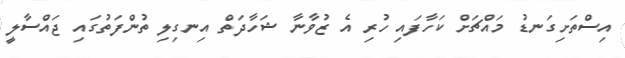
އިސްތަށިގަނޑު މައްޗަށް ކަހާފައި ހުރި އެ ޒުވާނާ ޝަހާދަތް އިނގިލި ތުންފަތުގައި ޖައްސާލީ